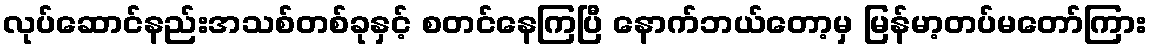
လုပ်ဆောင်နည်းအသစ်တစ်ခုနှင့် စတင်နေကြပြီ နောက်ဘယ်တော့မှ မြန်မာ့တပ်မတော်ကြား